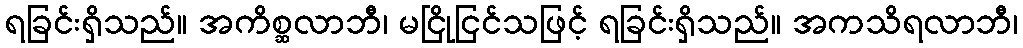
ရခြင်းရှိသည်။ အကိစ္ဆလာဘီ၊ မငြိုငြင်သဖြင့် ရခြင်းရှိသည်။ အကသိရလာဘီ၊